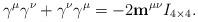
LaTeX: \begin{align*}\gamma^\mu\gamma^\nu+\gamma^\nu\gamma^\mu = -2\mathbf m^{\mu\nu}I_{4\times4}.\end{align*}